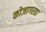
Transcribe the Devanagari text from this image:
कोजागरहा